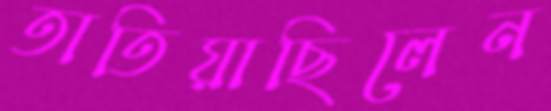
তাতিয়াছিলেন